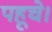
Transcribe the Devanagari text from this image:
पहूचे।